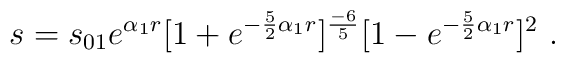
s = s_{01} e^{\alpha_1 r}[1 + e^{-\frac{5}{2}{\alpha_1}r}]^{\frac{-6}{5}}[1 - e^{-\frac{5}{2}{\alpha_1}r}]^2\ .